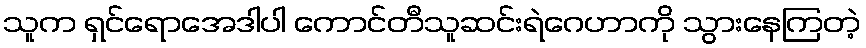
သူက ရှင်ရောအေဒါပါ ကောင်တီသူဆင်းရဲဂေဟာကို သွားနေကြတဲ့